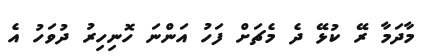
މާދަމާ ރޭ ކުޅޭ ދެ މެޗަށް ފަހު އަންނަ ހޮނިހިރު ދުވަހު އެ